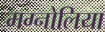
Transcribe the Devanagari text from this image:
मग्नोलिया